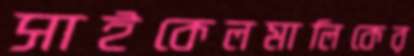
সাইকেলমালিকের